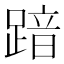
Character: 𮛾